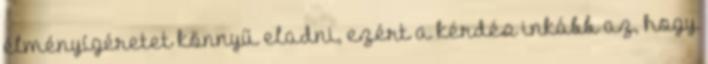
élményígéretet könnyű eladni, ezért a kérdés inkább az, hogy